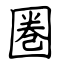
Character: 圏